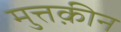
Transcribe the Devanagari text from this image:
मुत्तक़ीन